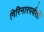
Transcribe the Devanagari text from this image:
गिरिनारपर्वती